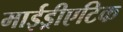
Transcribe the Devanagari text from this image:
माईड्रीएटिक